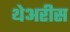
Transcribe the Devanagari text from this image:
थेअरीस